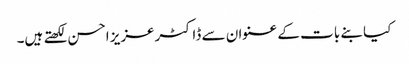
کیا بنے بات کے عنوان سے ڈاکٹرعزیز احسن لکھتے ہیں۔